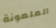
الملعونة